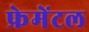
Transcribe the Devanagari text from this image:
फ्रेमेंटल